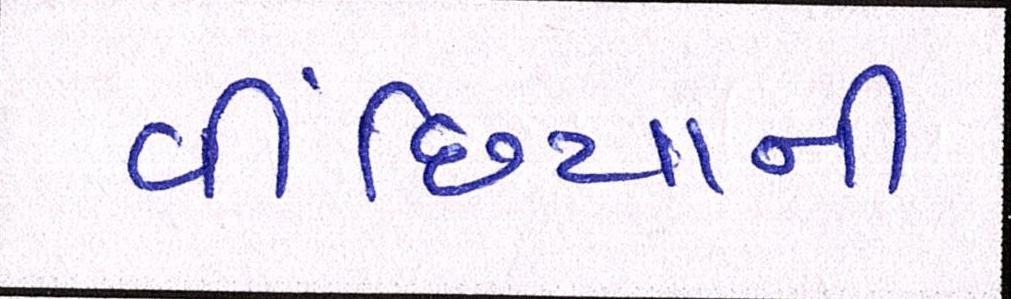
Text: વીંછિયાની